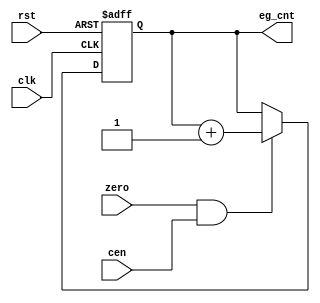
// This program was cloned from: https://github.com/atrac17/Toaplan2
// License: GNU General Public License v3.0

/*  This file is part of JTOPL.

	JTOPL is free software: you can redistribute it and/or modify
	it under the terms of the GNU General Public License as published by
	the Free Software Foundation, either version 3 of the License, or
	(at your option) any later version.

	JTOPL is distributed in the hope that it will be useful,
	but WITHOUT ANY WARRANTY; without even the implied warranty of
	MERCHANTABILITY or FITNESS FOR A PARTICULAR PURPOSE.  See the
	GNU General Public License for more details.

	You should have received a copy of the GNU General Public License
	along with JTOPL.  If not, see <http://www.gnu.org/licenses/>.

	Author: Jose Tejada Gomez. Twitter: @topapate
	Version: 1.0
    Date: 17-6-2020

	*/

module jtopl_eg_cnt(
	input             rst,
	input             clk,
	input             cen,
	input             zero,
	output reg [14:0] eg_cnt
);

always @(posedge clk, posedge rst) begin : envelope_counter
	if( rst ) begin
		eg_cnt		<=15'd0;
	end
	else begin
		if( zero && cen ) begin
			// envelope counter increases at each zero input
			// This is different from OPN/M where it increased
			// once every three zero inputs
			eg_cnt <= eg_cnt + 1'b1;
		end
	end
end

endmodule